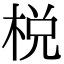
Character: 棁